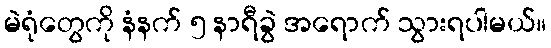
မဲရုံတွေကို နံနက် ၅ နာရီခွဲ အရောက် သွားရပါမယ်။